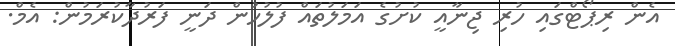
އެން ރިޕޯޓްގައި ހުރި ޖިނާއީ ކުށުގެ އަމަލުތައް ފުލުހުން ދަނީ ފަރުދާކުރަމުން: އެމް.